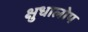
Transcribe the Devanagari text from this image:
क्षुधालोप